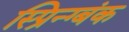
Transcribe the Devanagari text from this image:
स्प्रिन्ग्बंक